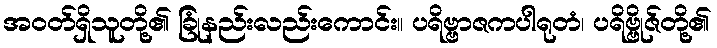
အဝတ်ရှိသူတို့၏ ခြုံနည်းလည်းကောင်း။ ပရိဗ္ဗာဇကပါရုတံ၊ ပရိဗ္ဗိုဇ်တို့၏